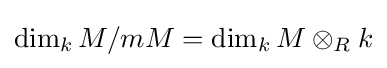
\dim _{k}M/mM=\dim _{k}M\otimes _{R}k